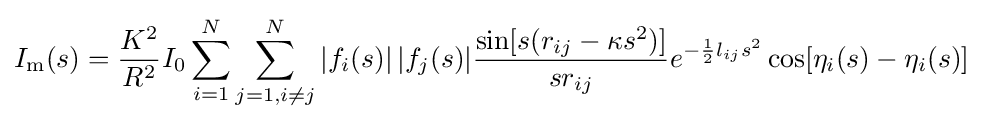
I_{\text{m}}(s)={\frac {K^{2}}{R^{2}}}I_{0}\sum _{i=1}^{N}\sum _{j=1,i\neq j}^{N}|f_{i}(s)|\,|f_{j}(s)|{\frac {\sin[s(r_{ij}-\kappa s^{2})]}{sr_{ij}}}e^{-{\frac {1}{2}}l_{ij}s^{2}}\cos[\eta _{i}(s)-\eta _{i}(s)]